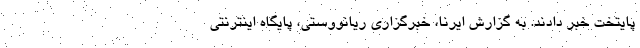
پایتخت خبر دادند. به گزارش ایرنا، خبرگزاری ریانووستی، پایگاه اینترنتی